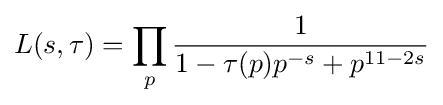
L(s,\tau )=\prod _{p}{\frac {1}{1-\tau (p)p^{-s}+p^{11-2s}}}